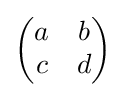
{\textstyle {\begin{pmatrix}a&b\\c&d\end{pmatrix}}}